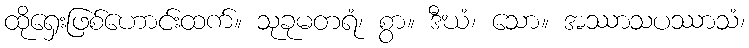
ထိုရှေးဖြစ်ဟောင်းထက်။ သုခုမတရံ၊ စွာ။ ဒီဃံ၊ သော။ အဿာသပဿာသံ၊